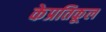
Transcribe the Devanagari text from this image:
केप्रतिकूल